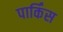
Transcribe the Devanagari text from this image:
पार्किंस